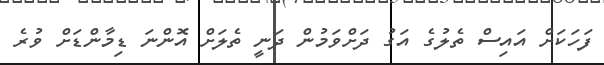
ފަހަކަށް އައިސް ތެލުގެ އަގު ދަށްވަމުން ދަނީ ތެލަށް އޮންނަ ޑިމާންޑަށް ވުރެ